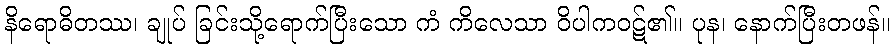
နိရောဓိတဿ၊ ချုပ် ခြင်းသို့ရောက်ပြီးသော ကံ ကိလေသာ ဝိပါကဝဋ်၏။ ပုန၊ နောက်ပြီးတဖန်။